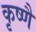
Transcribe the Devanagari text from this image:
कृष्णै